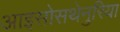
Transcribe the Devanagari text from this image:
आइसोसथेनुरिया